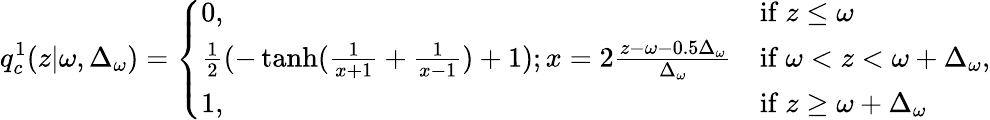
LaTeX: q_{c}^{1}(z|\omega,\Delta_{\omega})=\left\{ \begin{array}{ll}{0,}&{\mathrm{if~}z\leq\omega}\\ {\frac{1}{2}(-\operatorname{tanh}(\frac{1}{x+1}+\frac{1}{x-1})+1);x=2\frac{z-\omega-0.5\Delta_{\omega}}{\Delta_{\omega}}}&{\mathrm{if~}\omega<z<\omega+\Delta_{\omega}}\\ {1,}&{\mathrm{if~}z\geq\omega+\Delta_{\omega}}\end{array}\right.\mathrm{,}